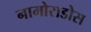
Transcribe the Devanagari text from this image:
नामोराडोस